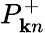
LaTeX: P_{{\mathbf k}n}^{+}